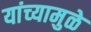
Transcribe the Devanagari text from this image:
यांच्‍यामुळे